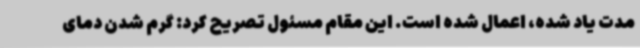
مدت یاد شده، اعمال شده است. این مقام مسئول تصریح کرد: گرم شدن دمای